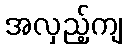
အလှည့်ကျ